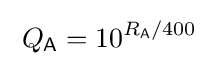
\;Q_{\mathsf {A}}=10^{R_{\mathsf {A}}/400}\;